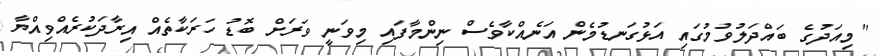
"މިއަދުގެ ބައްދަލުވުމުގައި އަޅުގަނޑުމެން އަނެއްކާވެސް ނިންމާފައި މިވަނީ ވަރަށް ބޮޑު ހަރަކާތެއް އިރާދަކުރެއްވިއްޔާ